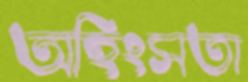
অহিংসতা